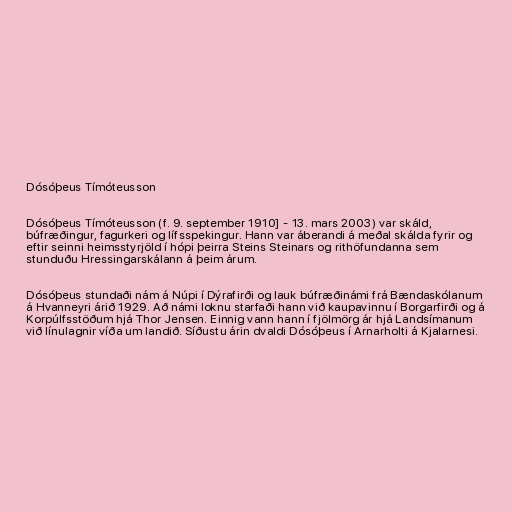
Dósóþeus Tímóteusson

Dósóþeus Tímóteusson (f. 9. september 1910] - 13. mars 2003) var skáld,
búfræðingur, fagurkeri og lífsspekingur. Hann var áberandi á meðal skálda fyrir og
eftir seinni heimsstyrjöld í hópi þeirra Steins Steinars og rithöfundanna sem
stunduðu Hressingarskálann á þeim árum.

Dósóþeus stundaði nám á Núpi í Dýrafirði og lauk búfræðinámi frá Bændaskólanum
á Hvanneyri árið 1929. Að námi loknu starfaði hann við kaupavinnu í Borgarfirði og á
Korpúlfsstöðum hjá Thor Jensen. Einnig vann hann í fjölmörg ár hjá Landsímanum
við línulagnir víða um landið. Síðustu árin dvaldi Dósóþeus í Arnarholti á Kjalarnesi.